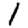
Digit: 1